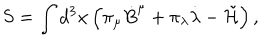
LaTeX: S = \int d ^ { 3 } x \left( \pi _ { \mu } { \dot { B } } ^ { \mu } + \pi _ { \lambda } { \dot { \lambda } } - \tilde { \cal H } \right) ,